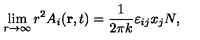
\lim _ { r \to \infty } r ^ { 2 } A _ { i } ( { \bf r } , t ) = { \frac { 1 } { 2 \pi k } } \varepsilon _ { i j } x _ { j } N ,